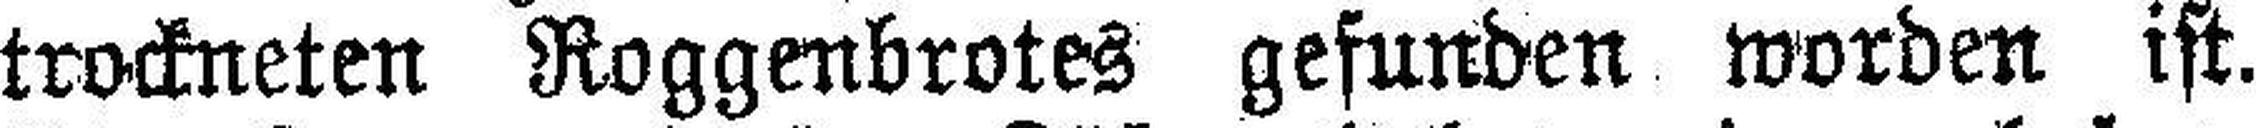
trockneten Roggenbrotes gefunden worden ist.